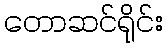
တောဆင်ရိုင်း